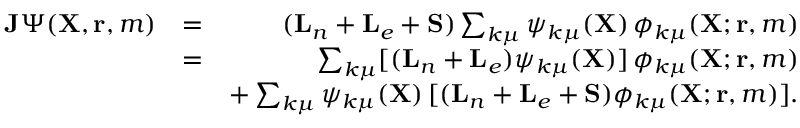
\begin{array} { r l r } { { \mathbf { J } } \Psi ( { \mathbf { X } } , { \mathbf { r } } , m ) } & { = } & { ( { \mathbf { L } } _ { n } + { \mathbf { L } } _ { e } + { \mathbf { S } } ) \sum _ { k \mu } \psi _ { k \mu } ( { \mathbf { X } } ) \, \phi _ { k \mu } ( { \mathbf { X } } ; { \mathbf { r } } , m ) } \\ & { = } & { \sum _ { k \mu } [ ( { \mathbf { L } } _ { n } + { \mathbf { L } } _ { e } ) \psi _ { k \mu } ( { \mathbf { X } } ) ] \, \phi _ { k \mu } ( { \mathbf { X } } ; { \mathbf { r } } , m ) } \\ & { } & { + \sum _ { k \mu } \psi _ { k \mu } ( { \mathbf { X } } ) \, [ ( { \mathbf { L } } _ { n } + { \mathbf { L } } _ { e } + { \mathbf { S } } ) \phi _ { k \mu } ( { \mathbf { X } } ; { \mathbf { r } } , m ) ] . } \end{array}